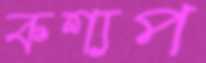
কশ্যপ